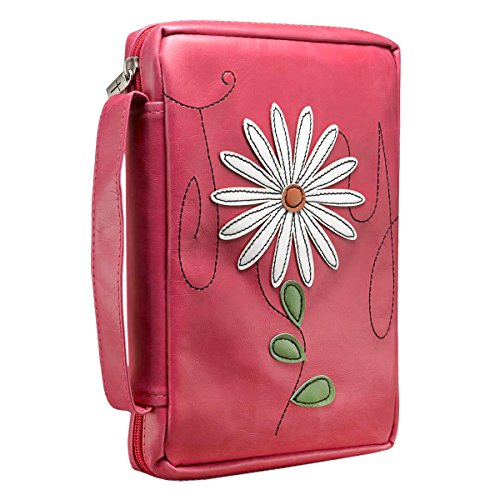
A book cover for Flower Applique "Joy" Bible / Book Cover - Psalm 16:11 (Large); Christian Art Gifts; Crafts, Hobbies & Home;